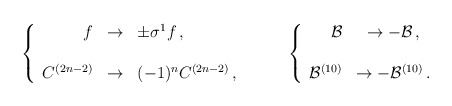
\begin{align*}\left\{\begin{array}{rcl}f & \rightarrow & \pm\sigma^{1}f\, , \\& & \\C^{(2n-2)} & \rightarrow & (-1)^{n} C^{(2n-2)}\, ,\\\end{array}\right.\hspace{1cm}\left\{\begin{array}{rcl}{\cal B} & \rightarrow -{\cal B}\, ,\\& & \\{\cal B}^{(10)} & \rightarrow -{\cal B}^{(10)}\, .\\\end{array}\right.\end{align*}